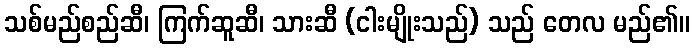
သစ်မည်စည်ဆီ၊ ကြက်ဆူဆီ၊ သားဆီ (ငါးမျိုးသည်) သည် တေလ မည်၏။